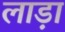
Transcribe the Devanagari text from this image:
लाड़ा